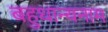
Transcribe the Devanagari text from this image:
बहुधान्यनाम